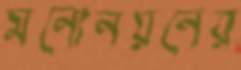
মনোনয়নের